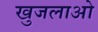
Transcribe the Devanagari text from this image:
खुजलाओ